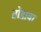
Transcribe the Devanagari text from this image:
तोडावा